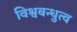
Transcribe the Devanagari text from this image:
विश्वबन्धुत्व